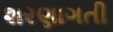
શરણાગતી